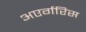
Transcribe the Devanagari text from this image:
अएर्गरिस